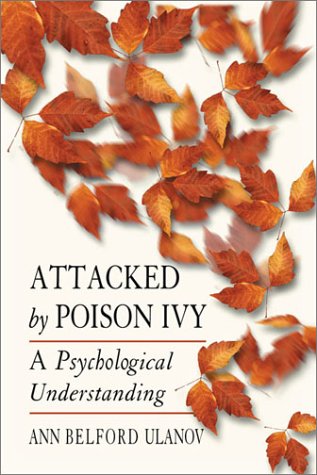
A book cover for Attacked by Poison Ivy: A Psychological Understanding; Ann Belford Ulanov; Medical Books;